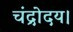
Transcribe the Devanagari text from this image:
चंद्रोदय।